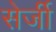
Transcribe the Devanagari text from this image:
सेर्जी